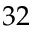
3 2